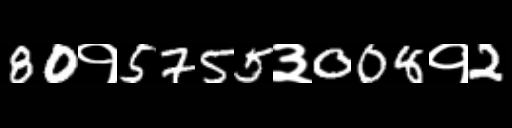
Text: 80१5755३008१2